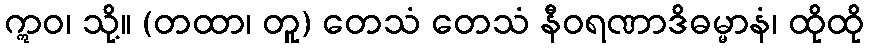
ဣဝ၊ သို့။ (တထာ၊ တူ) တေသံ တေသံ နီဝရဏာဒိဓမ္မာနံ၊ ထိုထို